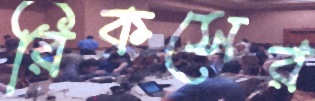
রিকসের